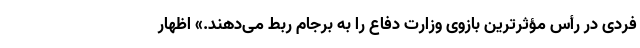
فردی در رأس مؤثرترین بازوی وزارت دفاع را به برجام ربط می‌دهند.» اظهار